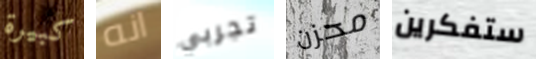
كبيرة انه تجربي محزن ستفكرين